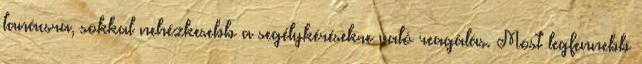
tanácsra, sokkal nehézkesebb a segélykérésekre való reagálás. Most legfennebb